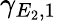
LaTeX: \gamma_{E_{2},1}